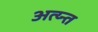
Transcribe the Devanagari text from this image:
अत्य्न्त